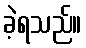
ခဲ့ရသည်။